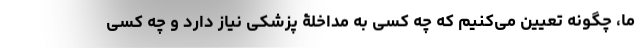
ما، چگونه تعیین می‌کنیم که چه کسی به مداخلۀ پزشکی نیاز دارد و چه کسی